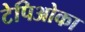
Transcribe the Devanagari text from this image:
टेपिओका